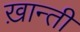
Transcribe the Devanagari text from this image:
ख़ान्ती